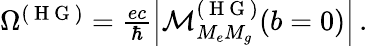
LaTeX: \begin{array}{r}{\Omega^{(\mathrm{~H~G~})}=\frac{ec}{\hbar}\left|\mathcal{M}_{M_{e}M_{g}}^{(\mathrm{~H~G~})}(b=0)\right|\, .}\end{array}